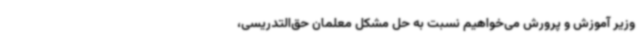
وزیر آموزش و پرورش می‌خواهیم نسبت به حل مشکل معلمان حق‌التدریسی،